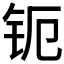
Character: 𰽞